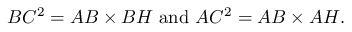
B C ^ { 2 } = A B \times B H { \mathrm { ~ a n d ~ } } A C ^ { 2 } = A B \times A H .